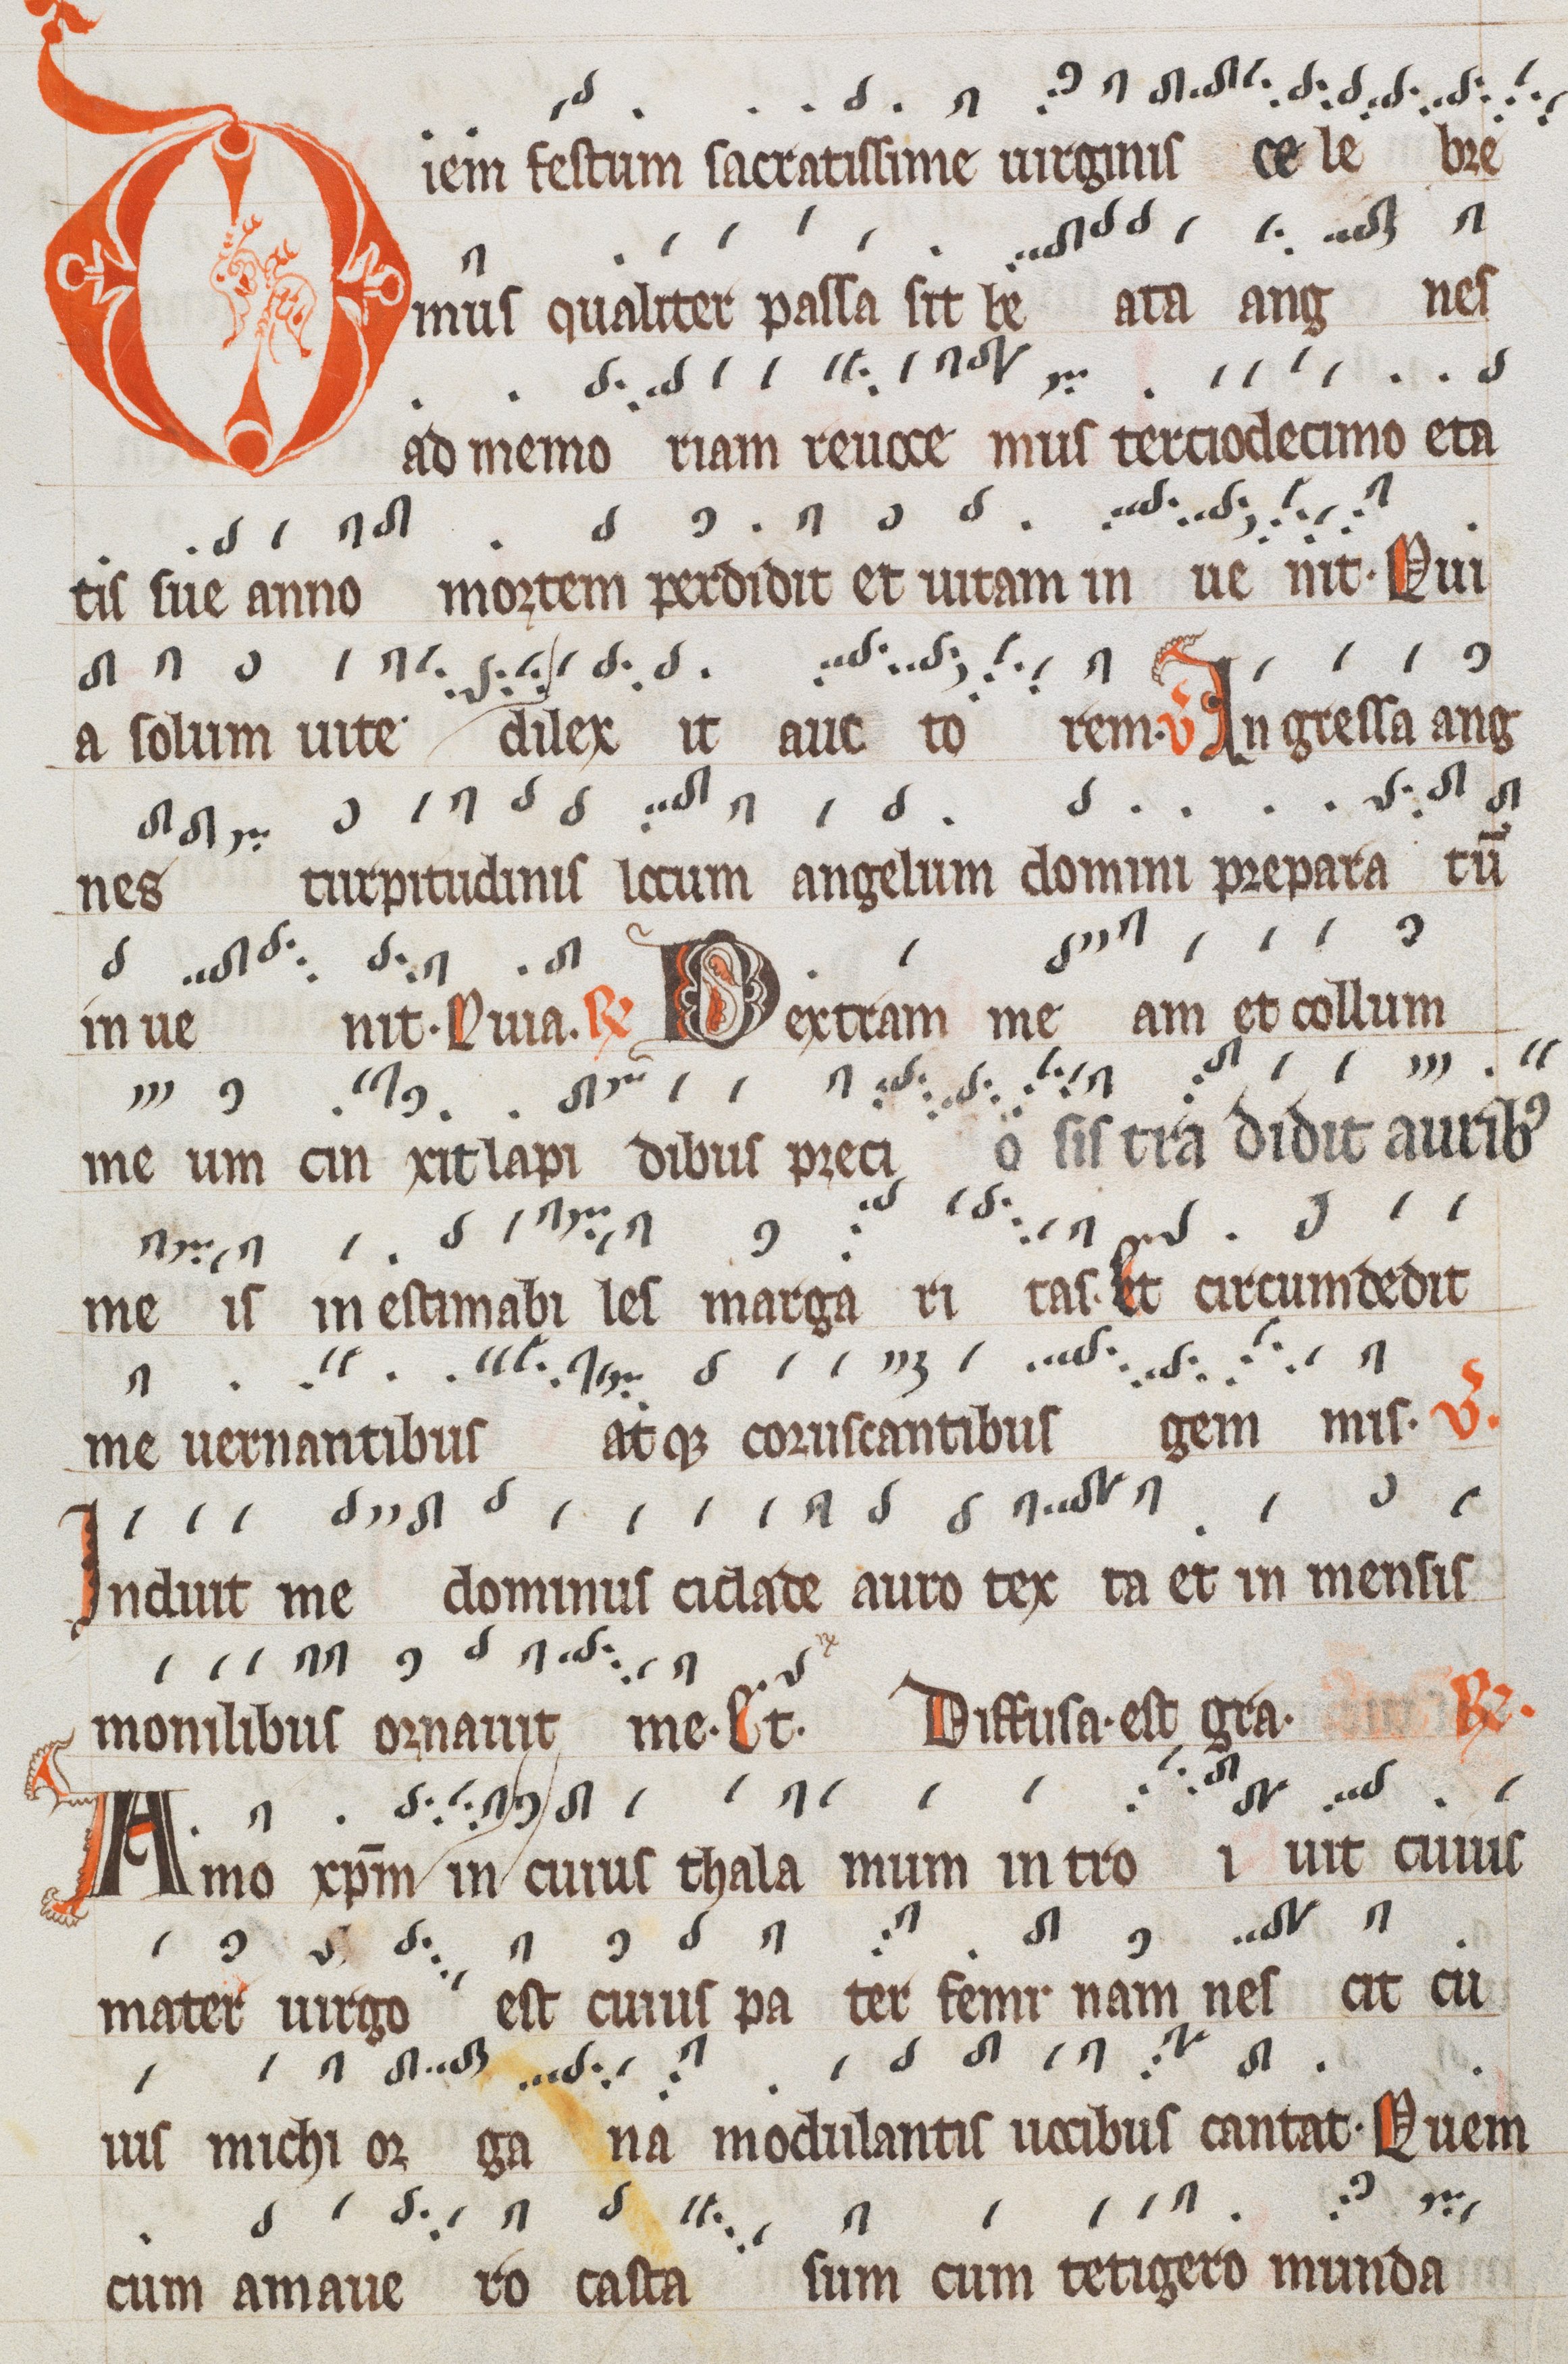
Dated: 1300–1399